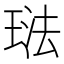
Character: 琺